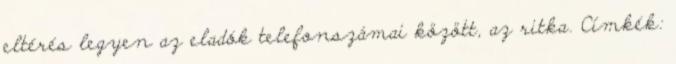
eltérés legyen az eladók telefonszámai között, az ritka. Címkék: